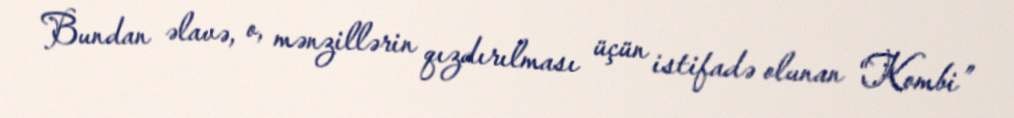
Bundan əlavə, o, mənzillərin qızdırılması üçün istifadə olunan “Kombi”